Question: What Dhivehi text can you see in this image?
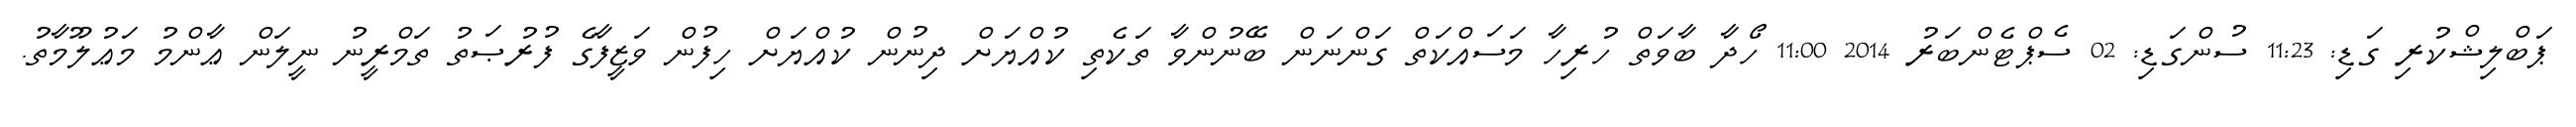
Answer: ޕަބްލިޝްކުރި ގަޑި: 11:23 ސުންގަޑި: 02 ސެޕްޓެންބަރު 2014 11:00 ހޯދާ ބާވަތް ހުރިހާ މަސައްކަތް ގަންނަން ބޭނުންވާ ތަކެތި ކުއްޔަށް ދިނުން ކުއްޔަށް ހިފުން ވަޒީފާގެ ފުރުޞަތު ތަމްރީނު ނީލަން ޢާންމު މަޢުލޫމާތު.